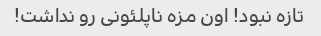
تازه نبود! اون مزه ناپلئونی رو نداشت!